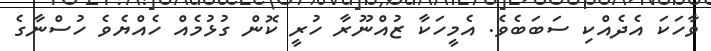
ވާހަކަ އެދެއްކި ސަބަބެވެ. އެމީހަކާ ޒުއްނޫރާ ހުރީ ކޮން ގުޅުމެއް ހެއްޔެވެ ހުސްނާގެ